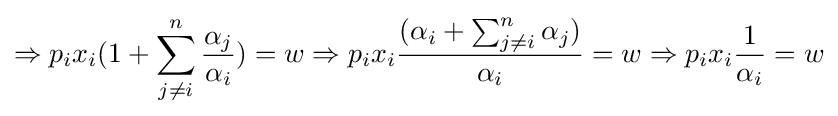
\Rightarrow p_{i}x_{i}(1+\sum _{j\neq i}^{n}{\frac {\alpha _{j}}{\alpha _{i}}})=w\Rightarrow p_{i}x_{i}{\frac {(\alpha _{i}+\sum _{j\neq i}^{n}\alpha _{j})}{\alpha _{i}}}=w\Rightarrow p_{i}x_{i}{\frac {1}{\alpha _{i}}}=w